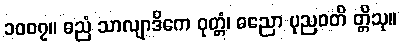
၁၀၀၇။ ဓညံ သာလျာဒိကေ ဝုတ္တံ၊ ဓညော ပုညဝတိ တ္တိသု။